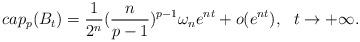
LaTeX: \begin{align*} cap_p(B_t)=\frac{1}{2^n}(\frac{n}{p-1})^{p-1}\omega_n e^{nt}+o(e^{nt}),\ \ t\rightarrow+\infty.\end{align*}